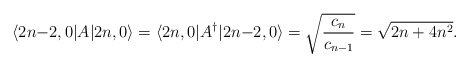
\begin{align*}\langle 2n{-}2,0|A|2n,0\rangle = \langle 2n,0|A^\dagger|2n{-}2,0\rangle = \sqrt{c_n\over c_{n-1}} = \sqrt{2n+4n^2}.\end{align*}